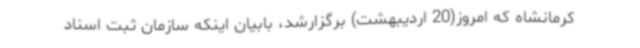
کرمانشاه که امروز(20 اردیبهشت) برگزارشد، بابیان اینکه سازمان ثبت اسناد